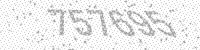
Solution: 757695